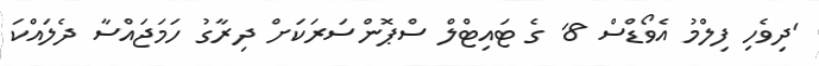
'ދިވެހި ފިލްމު އެވޯޑްސް 8' ގެ ޓައިޓްލް ސްޕޮންސަރަކަށް ދިރާގު ހަމަޖައްސާ ދެލައްކަ